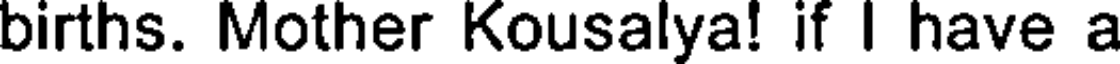
births. Mother Kousalya! if I have a